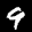
Label: 9